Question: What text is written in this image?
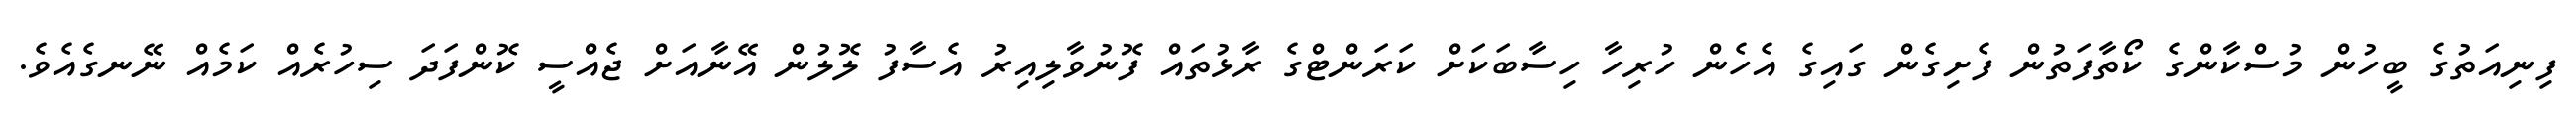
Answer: ފިނިއަތުގެ ބީހުން މުސްކާންގެ ކޯތާފަތުން ފެށިގެން ގައިގެ އެހެން ހުރިހާ ހިސާބަކަށް ކަރަންޓްގެ ރާޅުތައް ފޮނުވާލިއިރު އެސާފު ލޮލުން އޭނާއަށް ޖެއްސީ ކޮންފަދަ ސިހުރެއް ކަމެއް ނޭނގެއެވެ.